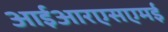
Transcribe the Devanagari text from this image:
आईआरएसएमई